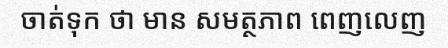
ចាត់ទុក ថា មាន សមត្ថភាព ពេញលេញ